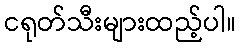
ငရုတ်သီးများထည့်ပါ။